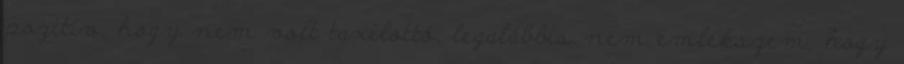
pozitív, hogy nem volt taxilottó, legalábbis nem emlékszem, hogy